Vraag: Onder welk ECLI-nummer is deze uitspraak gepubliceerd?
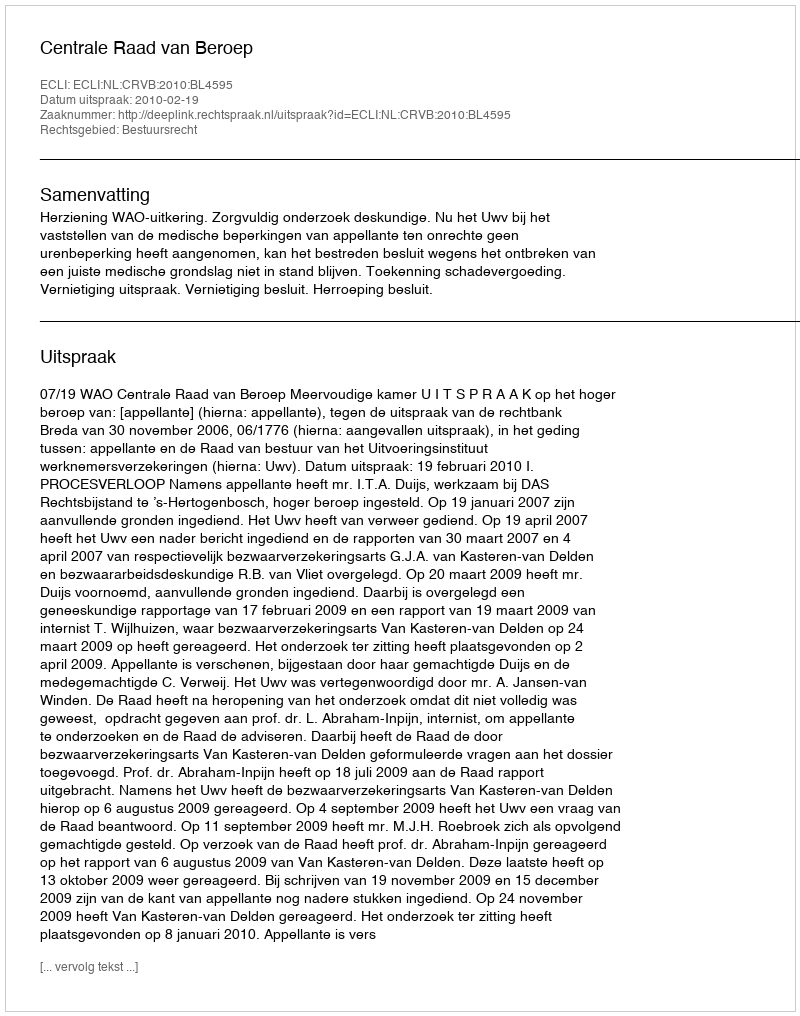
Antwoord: ECLI:NL:CRVB:2010:BL4595